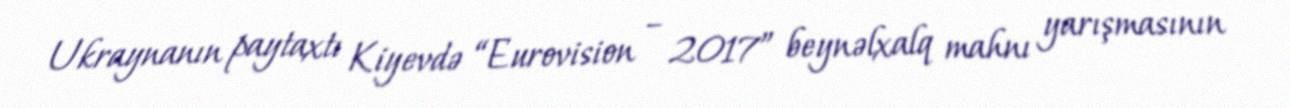
Ukraynanın paytaxtı Kiyevdə “Eurovision – 2017” beynəlxalq mahnı yarışmasının